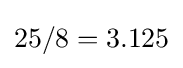
25/8=3.125